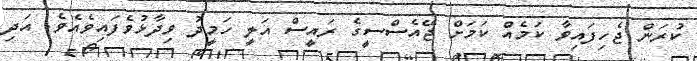
ކުރަން ޖެހިފައިވާ ކަމެއް ކަމަށް ޖޭއެސްސީގެ ރައީސް އަލީ ހަމީދު ވިދާޅުވެފައިވެއެވެ. އަދި